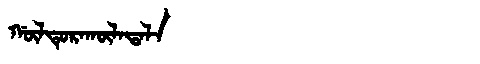
Manchu: ᡤᡡᠯᡨᡠᡵᠠᡴᡡᠯᠠᡨᠠᠯᠠ
Romanization: GŪLTURAKŪLATALA